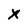
Character: x